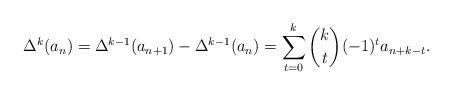
LaTeX: \begin{align*}\Delta ^{k}(a_{n})=\Delta ^{k-1}(a_{n+1})-\Delta ^{k-1}(a_{n})=\sum _{t=0}^{k}{\binom {k}{t}}(-1)^{t}a_{n+k-t}.\end{align*}